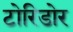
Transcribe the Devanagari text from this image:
टोरिडोर